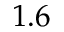
1 . 6